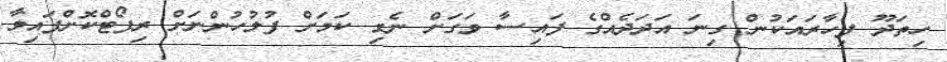
ހިތަދޫ ފިހާރައަކުން ގިނަ އަދަދެއްގެ ފައިސާ ވަގަށް ނެގި ކަމަށް ފުލުހުންނަށް ރިޕޯޓްކޮށްފައިވާ